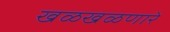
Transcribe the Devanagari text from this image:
खळखळणारे